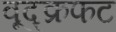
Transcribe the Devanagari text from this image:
वूद्क्रफट